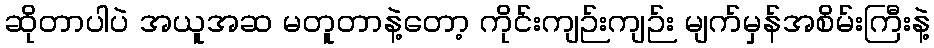
ဆိုတာပါပဲ အယူအဆ မတူတာနဲ့တော့ ကိုင်းကျဉ်းကျဉ်း မျက်မှန်အစိမ်းကြီးနဲ့